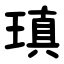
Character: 瑱